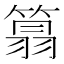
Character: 䈳